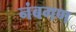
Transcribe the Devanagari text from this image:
नंबगण